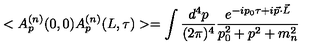
< A _ { p } ^ { ( n ) } ( 0 , 0 ) A _ { p } ^ { ( n ) } ( L , \tau ) > = \int \frac { d ^ { 4 } p } { ( 2 \pi ) ^ { 4 } } \frac { e ^ { - i p _ { 0 } \tau + i \vec { p } \cdot \vec { L } } } { p _ { 0 } ^ { 2 } + p ^ { 2 } + m _ { n } ^ { 2 } }